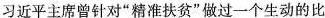
习近平主席曾针对”精准扶贫”做过一个生动的比